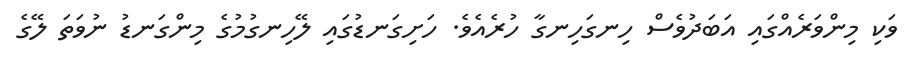
ވަކި މިންވަރެއްގައި އަބަދުވެސް ހިނގަހިނގާ ހުރެއެވެ. ހަށިގަނޑުގައި ލޭހިނގުމުގެ މިންގަނޑު ނުވަތަ ލޭގެ